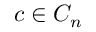
c \in C _ { n }